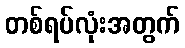
တစ်ရပ်လုံးအတွက်